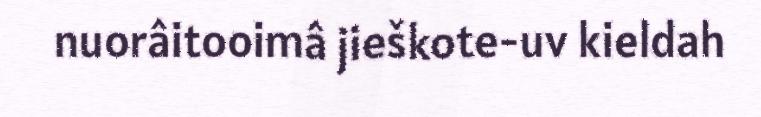
nuorâitooimâ jieškote-uv kieldah